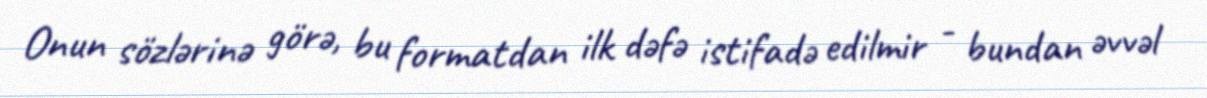
Onun sözlərinə görə, bu formatdan ilk dəfə istifadə edilmir - bundan əvvəl